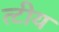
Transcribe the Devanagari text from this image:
त्टीय